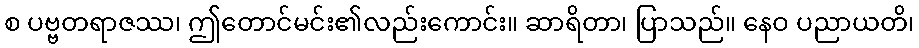
စ ပဗ္ဗတရာဇဿ၊ ဤတောင်မင်း၏လည်းကောင်း။ ဆာရိတာ၊ ပြာသည်။ နေဝ ပညာယတိ၊